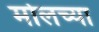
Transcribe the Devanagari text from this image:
मोलच्या